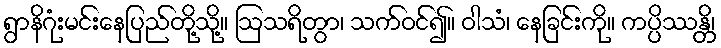
ရွာနိဂုံးမင်းနေပြည်တို့သို့။ ဩသရိတွာ၊ သက်ဝင်၍။ ဝါသံ၊ နေခြင်းကို။ ကပ္ပိဿန္တိ၊